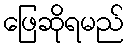
ဖြေဆိုရမည်